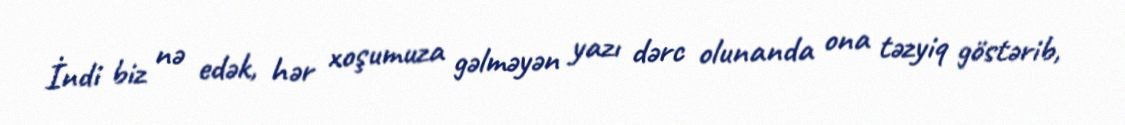
İndi biz nə edək, hər xoşumuza gəlməyən yazı dərc olunanda ona təzyiq göstərib,